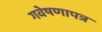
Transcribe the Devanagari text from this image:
गवेषणापत्र